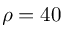
\rho = 4 0